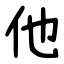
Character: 他